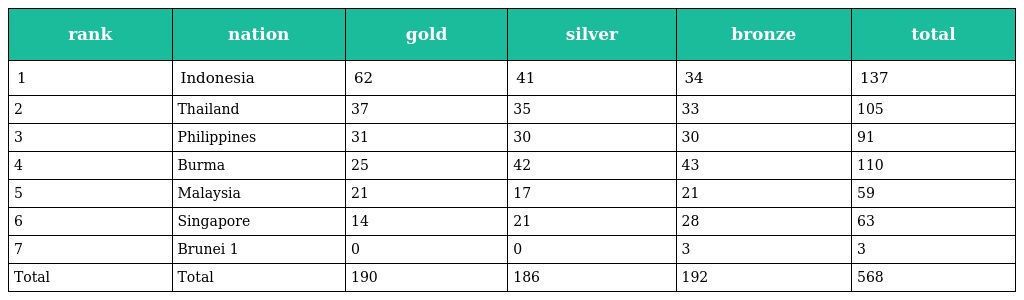
| rank | nation | gold | silver | bronze | total |
 | --- | --- | --- | --- | --- | --- |
 | 1 | Indonesia | 62 | 41 | 34 | 137 |
 | 2 | Thailand | 37 | 35 | 33 | 105 |
 | 3 | Philippines | 31 | 30 | 30 | 91 |
 | 4 | Burma | 25 | 42 | 43 | 110 |
 | 5 | Malaysia | 21 | 17 | 21 | 59 |
 | 6 | Singapore | 14 | 21 | 28 | 63 |
 | 7 | Brunei 1 | 0 | 0 | 3 | 3 |
 | Total | Total | 190 | 186 | 192 | 568 |